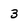
Character: 3